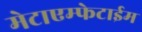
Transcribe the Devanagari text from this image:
मेटाएम्फेटाईम